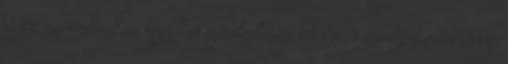
2002 szeptember 2-án megjelent sajtóközlemény 03-01-21 Levelezőlista: a 2002.